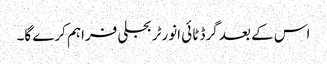
اس کے بعد گرڈ ٹائی انورٹر بجلی فراہم کرے گا۔